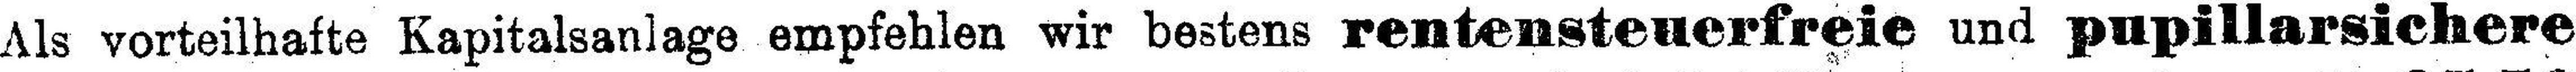
Als vorteilhafte Kapitalsanlage empfehlen wir bestens rentensteuerfreie und pupillarsichere